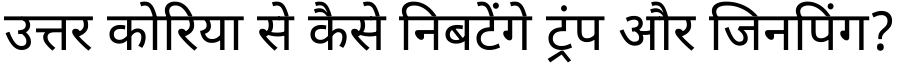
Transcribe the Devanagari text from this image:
उत्तर कोरिया से कैसे निबटेंगे ट्रंप और जिनपिंग?